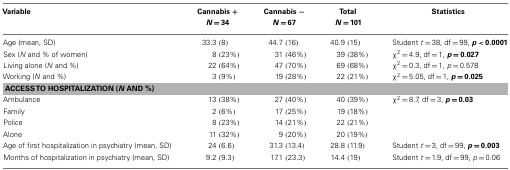
<table><thead><tr><td><b>Variable</b></td><td><b>Cannabis +</b></td><td><b>Cannabis −</b></td><td><b>Total</b></td><td><b>Statistics</b></td></tr><tr><td></td><td><b><i>N</i> = 34</b></td><td><b><i>N</i> = 67</b></td><td><b><i>N</i> = 101</b></td><td></td></tr></thead><tbody><tr><td>Age (mean, SD)</td><td>33.3 (8)</td><td>44.7 (16)</td><td>40.9 (15)</td><td>Student <i>t</i> = 38, df = 99, <b><i>p</i> <b><i>&lt;</i></b> 0.0001</b></td></tr><tr><td>Sex (<i>N</i> and % of women)</td><td>8 (23%)</td><td>31 (46%)</td><td>39 (38%)</td><td>χ<sup>2</sup> = 4.9, df = 1, <b><i>p</i> <b><i>=</i></b> 0.027</b></td></tr><tr><td>Living alone (<i>N</i> and %)</td><td>22 (64%)</td><td>47 (70%)</td><td>69 (68%)</td><td>χ<sup>2</sup> = 0.3, df = 1, <i>p</i> = 0.578</td></tr><tr><td>Working (<i>N</i> and %)</td><td>3 (9%)</td><td>19 (28%)</td><td>22 (21%)</td><td>χ<sup>2</sup> = 5.05, df = 1, <b><i>p</i> <b><i>=</i></b> 0.025</b></td></tr><tr><td colspan="5"><b>ACCESS TO HOSPITALIZATION (<i>N</i> AND %)</b></td></tr><tr><td>Ambulance</td><td>13 (38%)</td><td>27 (40%)</td><td>40 (39%)</td><td>χ<sup>2</sup> = 8.7, df = 3, <b><i>p</i> <b><i>=</i></b> 0.03</b></td></tr><tr><td>Family</td><td>2 (6%)</td><td>17 (25%)</td><td>19 (18%)</td><td></td></tr><tr><td>Police</td><td>8 (23%)</td><td>14 (21%)</td><td>22 (21%)</td><td></td></tr><tr><td>Alone</td><td>11 (32%)</td><td>9 (20%)</td><td>20 (19%)</td><td></td></tr><tr><td>Age of first hospitalization in psychiatry (mean, SD)</td><td>24 (6.6)</td><td>31.3 (13.4)</td><td>28.8 (11.9)</td><td>Student <i>t</i> = 3, df = 99, <b><i>p</i> <b><i>=</i></b> 0.003</b></td></tr><tr><td>Months of hospitalization in psychiatry (mean, SD)</td><td>9.2 (9.3)</td><td>17.1 (23.3)</td><td>14.4 (19)</td><td>Student <i>t</i> = 1.9, df = 99, <i>p</i> = 0.06</td></tr></tbody></table>